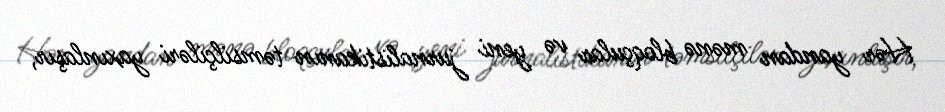
Hər yandan mənə bloqçular və yeni jurnalistikanın təmsilçiləri yaxınlaşır,